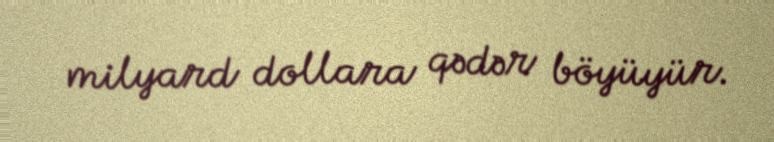
milyard dollara qədər böyüyür.